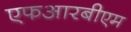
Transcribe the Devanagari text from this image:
एफआरबीएम